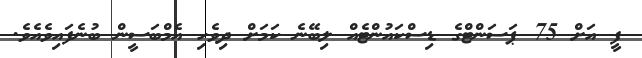
ފީ އަށް 75 ޕަސަންޓްގެ ޑިސްކައުންޓެއް ލިބޭނެ ކަމަށް ދިވެހި އެމްބަސީން ބުނެފައިވެއެވެ.